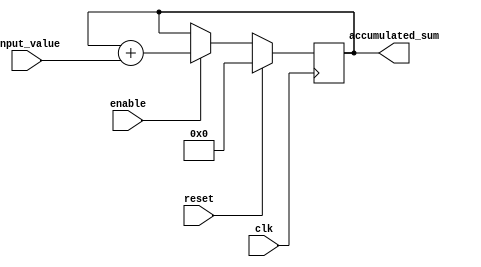
module fixed_point_accumulator (
    input wire clk,
    input wire reset,
    input wire enable,
    input wire [15:0] input_value,
    output wire [31:0] accumulated_sum
);

reg [31:0] accumulator;

always @(posedge clk) begin
    if (reset) begin
        accumulator <= 0;
    end else begin
        if (enable) begin
            accumulator <= accumulator + input_value;
        end
    end
end

assign accumulated_sum = accumulator;

endmodule